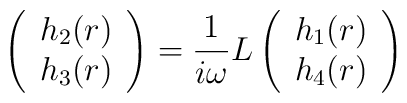
\left( \begin{array}{c}h_2(r)\\  h_3(r)  \end{array} \right)= {1\over i\omega} L \left( \begin{array}{c}  h_1(r)\\  h_4(r)  \end{array} \right)